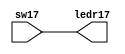
module ceshi(sw17,ledr17);
input sw17;
output ledr17;
assign ledr17=sw17;
endmodule